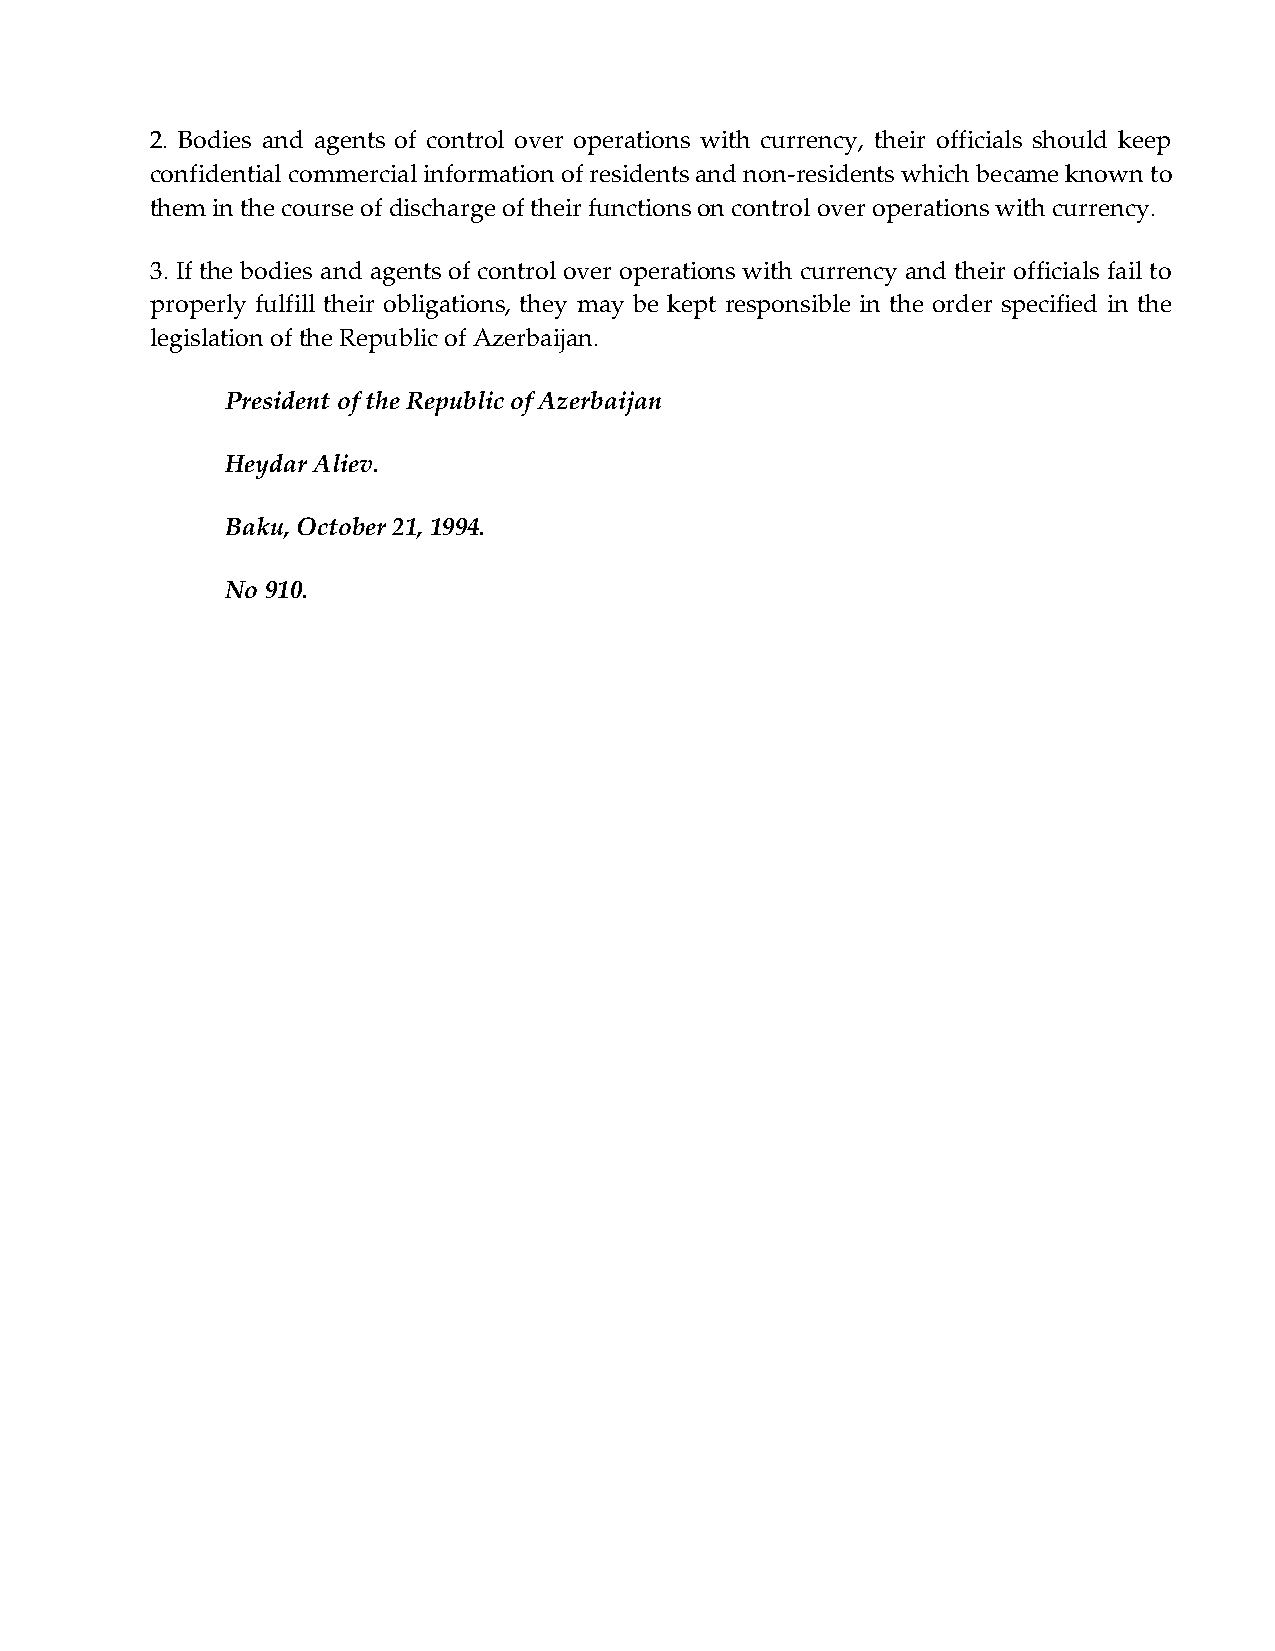
2. Bodies and agents of control over operations with currency, their officials should keep
 confidential commercial information of residents and non-residents which became known to
 them in the course of discharge of their functions on control over operations with currency.
 3. If the bodies and agents of control over operations with currency and their officials fail to
 properly fulfill their obligations, they may be kept responsible in the order specified in the
 legislation of the Republic of Azerbaijan.
 President of the Republic of Azerbaijan
 Heydar Aliev.
 Baku, October 21, 1994.
 No 910.